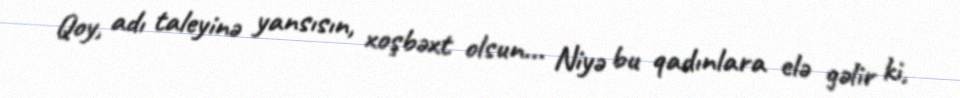
Qoy, adı taleyinə yansısın, xoşbəxt olsun... Niyə bu qadınlara elə gəlir ki,